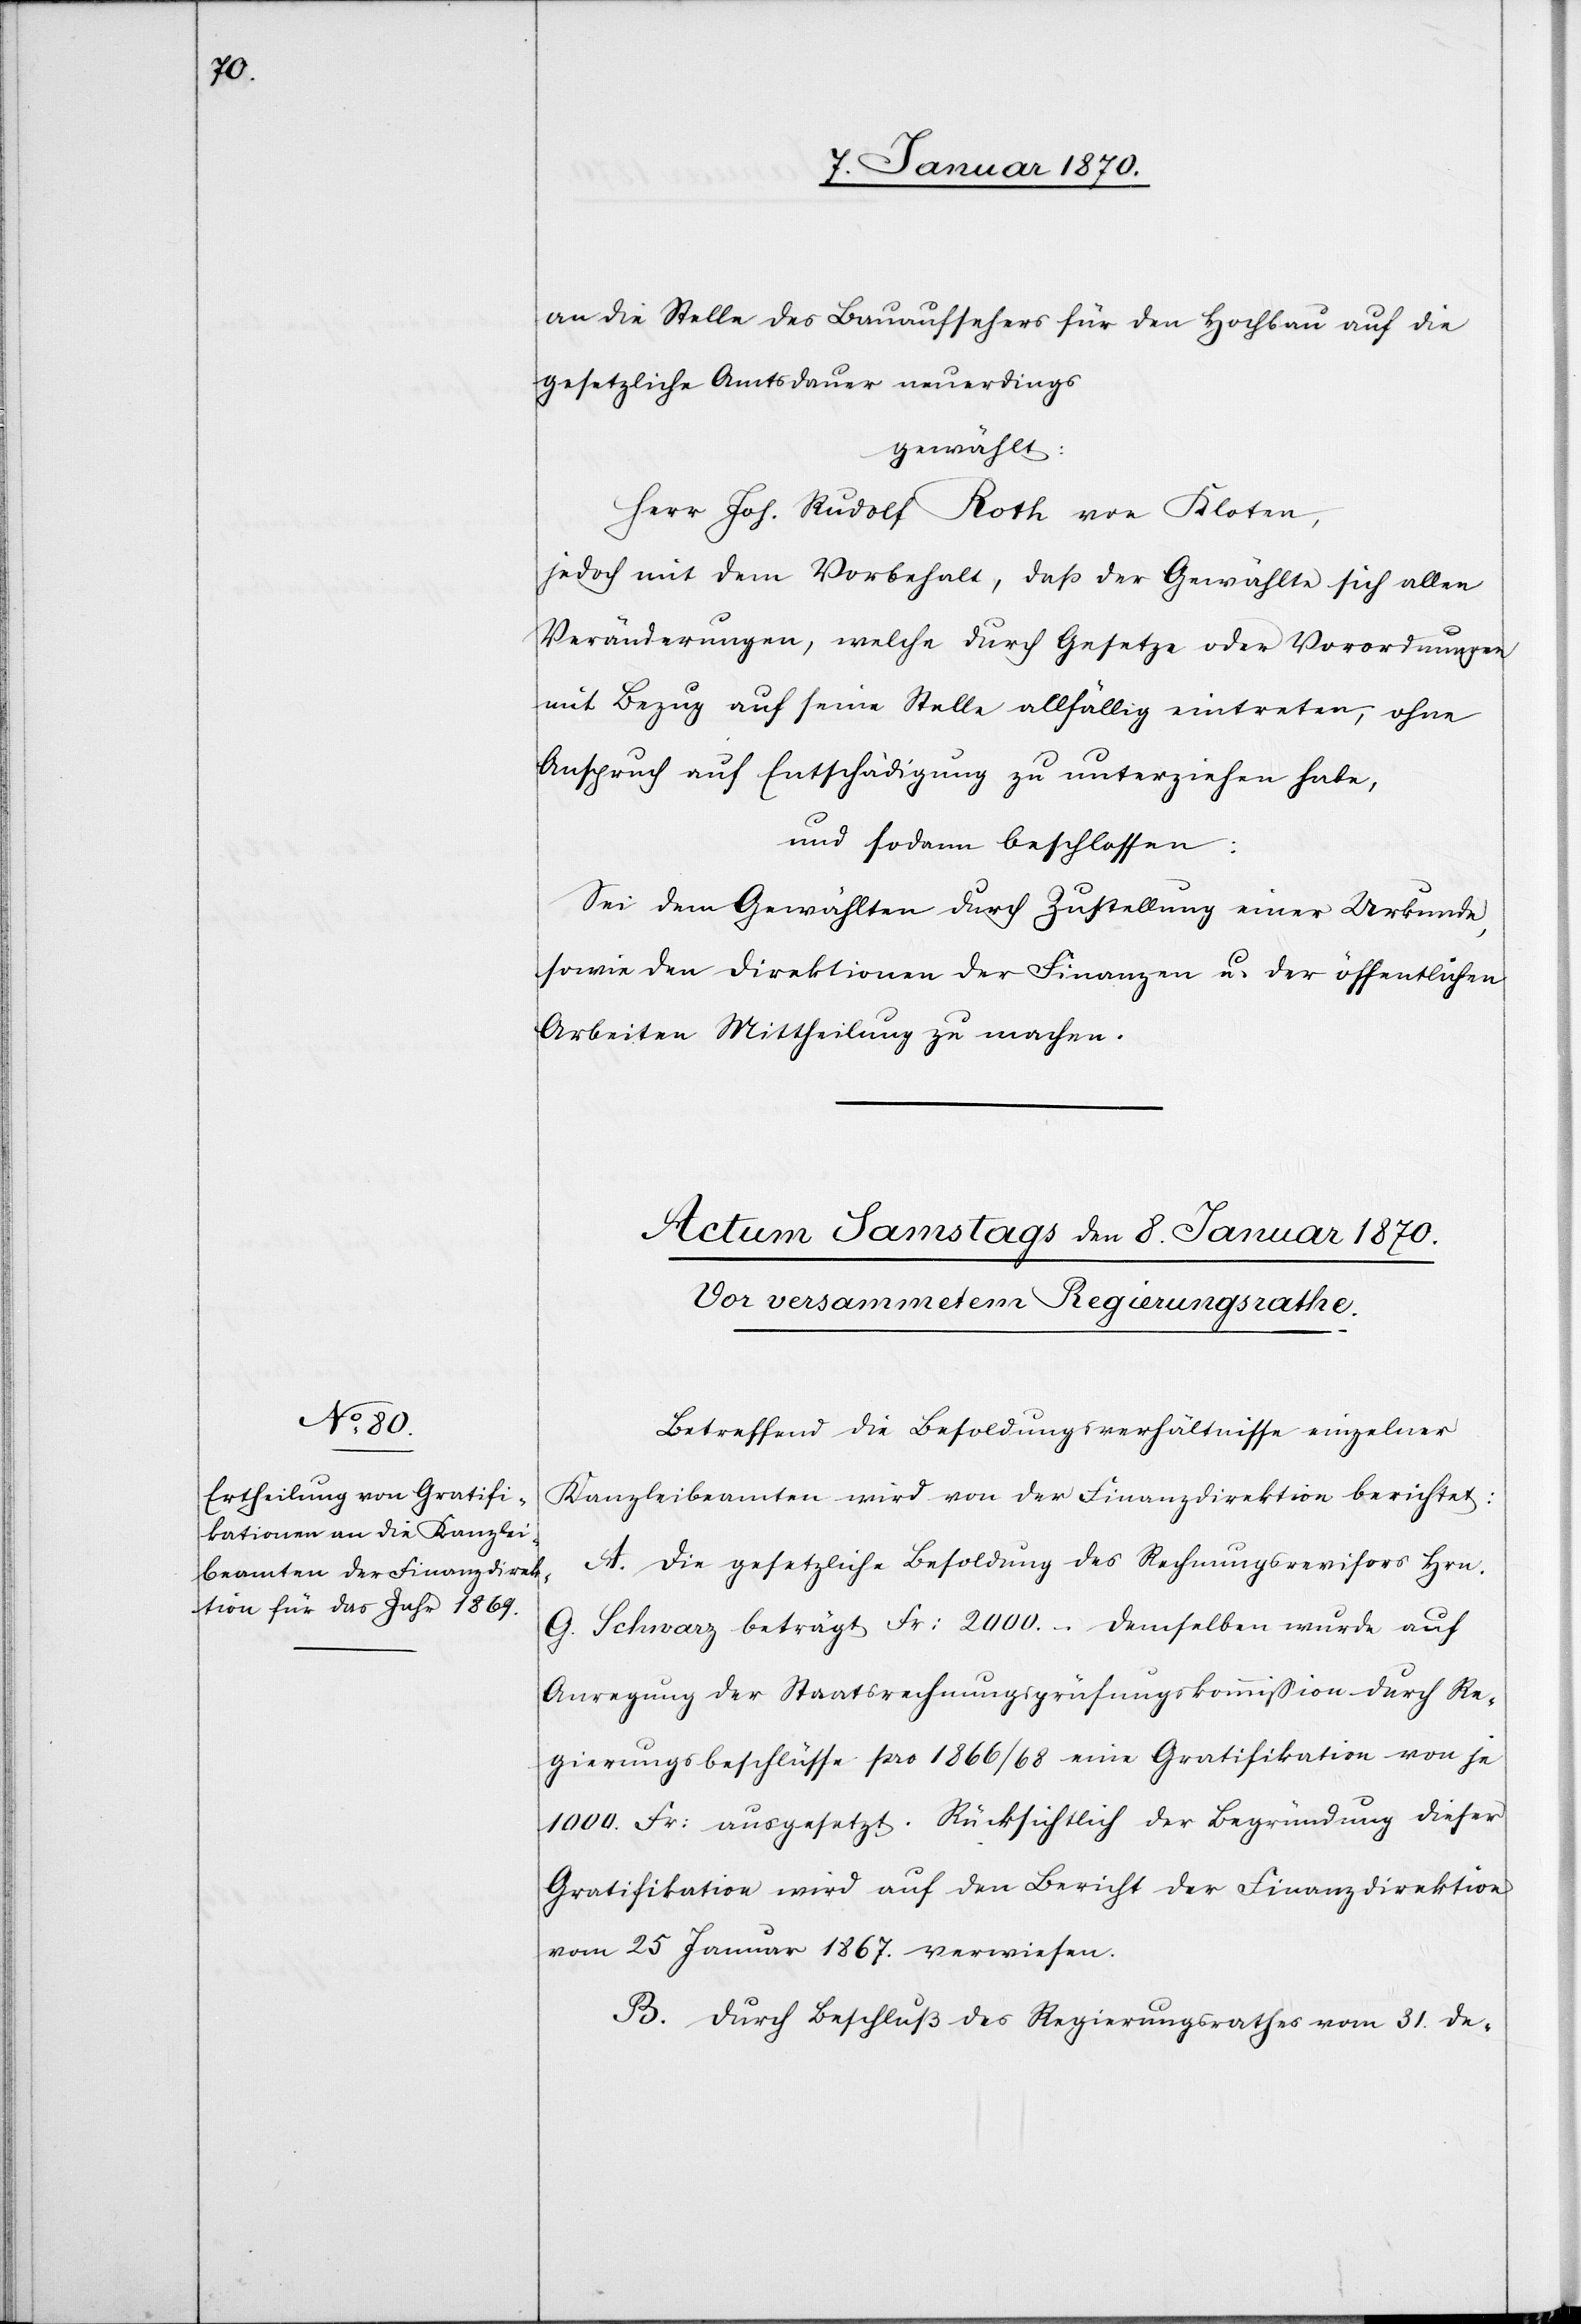
an die Stelle des Bauaufsehers für den Hochbau auf die
gesetzliche Amtsdauer neuerdings
gewählt:
Herr Joh. Rudolf Roth von Kloten,
jedoch mit dem Vorbehalt, daß der Gewählte sich allen
Veränderungen, welche durch Gesetze oder Verordnungen
mit Bezug auf seine Stelle allfällig eintreten, ohne
Anspruch auf Entschädigung zu unterziehen habe,
und sodann beschlossen:
Sei dem Gewählten durch Zustellung einer Urkunde,
sowie den Direktionen der Finanzen u. der öffentlichen
Arbeiten Mittheilung zu machen.
Betreffend die Besoldungsverhältnisse einzelner
Kanzleibeamten wird von der Finanzdirektion berichtet:
A. Die gesetzliche Besoldung des Rechnungsrevisors Hrn.
G. Schwarz beträgt Fr: 2000. – Demselben wurde auf
Anregung der Staatsrechnungsprüfungskommission durch Re¬
gierungsbeschlüsse pro 1866/68 eine Gratifikation von je
1000. Fr: ausgesetzt. Rücksichtlich der Begründung dieser
Gratifikation wird auf den Bericht der Finanzdirektion
vom 25 Januar 1867. verwiesen.
B. Durch Beschluß des Regierungsrathes vom 31. De-